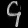
Digit: ၄